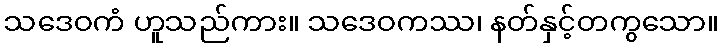
သဒေဝကံ ဟူသည်ကား။ သဒေဝကဿ၊ နတ်နှင့်တကွသော။